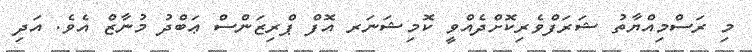
މި ރަސްމިއްޔާތު ޝަރަފްވެރިކޮށްދެއްވީ ކޮމިޝަނަރ އޮފް ޕްރިޒަންސް ޢަބްދު މުނާޒް އެވެ. އަދި